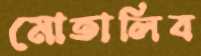
মোতালিব